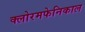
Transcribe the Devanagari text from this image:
क्लोरमफेनिकाल